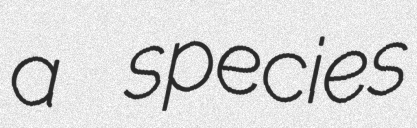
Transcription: a species